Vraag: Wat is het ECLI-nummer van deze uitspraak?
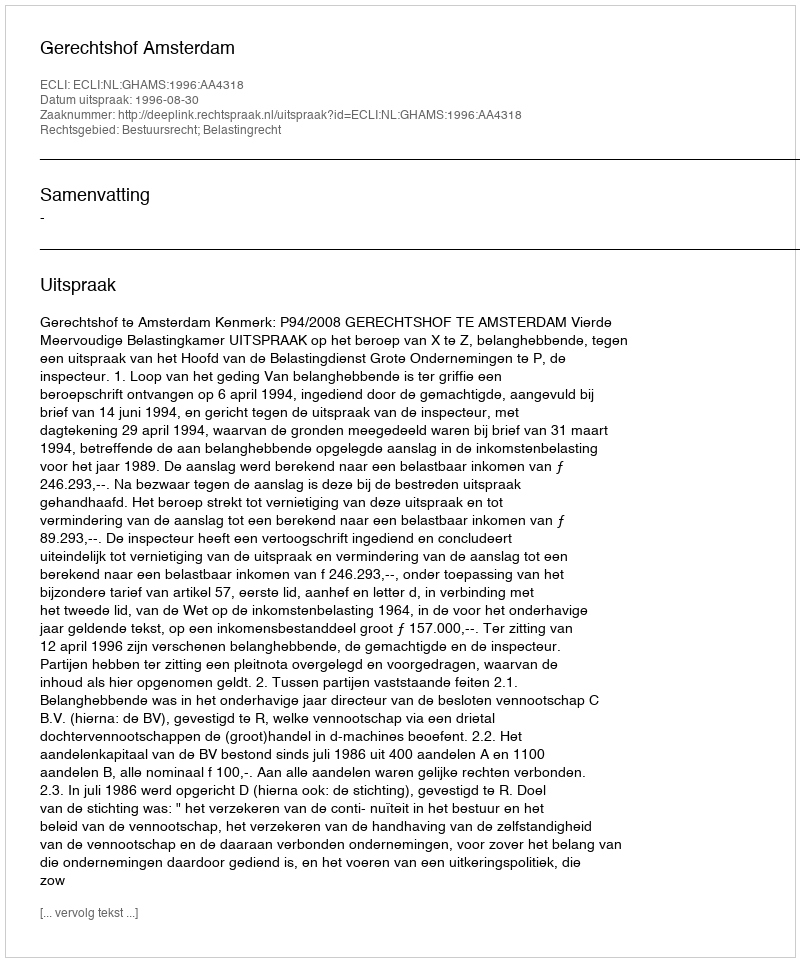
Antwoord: ECLI:NL:GHAMS:1996:AA4318